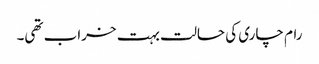
رام چاری کی حالت بہت خراب تھی۔